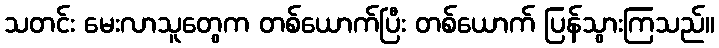
သတင်း မေးလာသူတွေက တစ်ယောက်ပြီး တစ်ယောက် ပြန်သွားကြသည်။